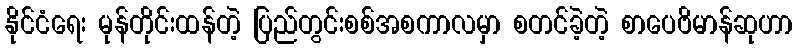
နိုင်ငံရေး မုန်တိုင်းထန်တဲ့ ပြည်တွင်းစစ်အစကာလမှာ စတင်ခဲ့တဲ့ စာပေဗိမာန်ဆုဟာ